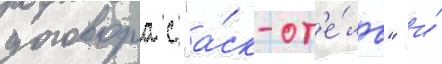
договора с "а́ск-от'е́ль" и́